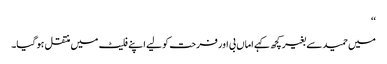
‘‘
میں حمید سے بغیر کچھ کہے اماں بی اور فرحت کو لیے اپنے فلیٹ میں منتقل ہو گیا۔